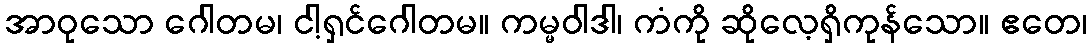
အာဝုသော ဂေါတမ၊ ငါ့ရှင်ဂေါတမ။ ကမ္မဝါဒါ၊ ကံကို ဆိုလေ့ရှိကုန်သော။ ဧတေ၊